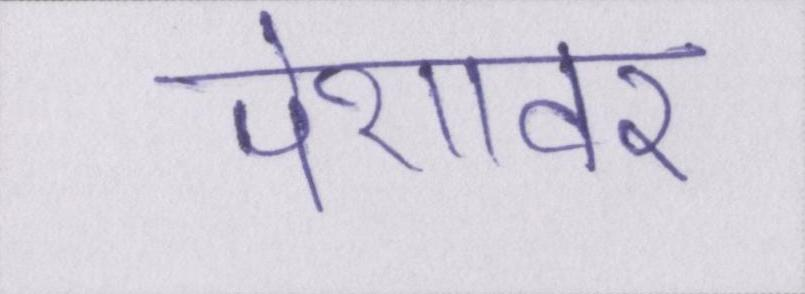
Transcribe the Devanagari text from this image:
पेशावर